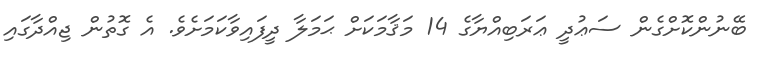
ބޭނުންކޮށްގެން ސަޢުދީ ޢަރަބިއްޔާގެ 14 މަޤާމަކަށް ޙަމަލާ ދީފައިވާކަމަށެވެ. އެ ގޮތުން ޖިއްދާގައި